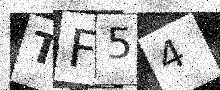
Text: TF54